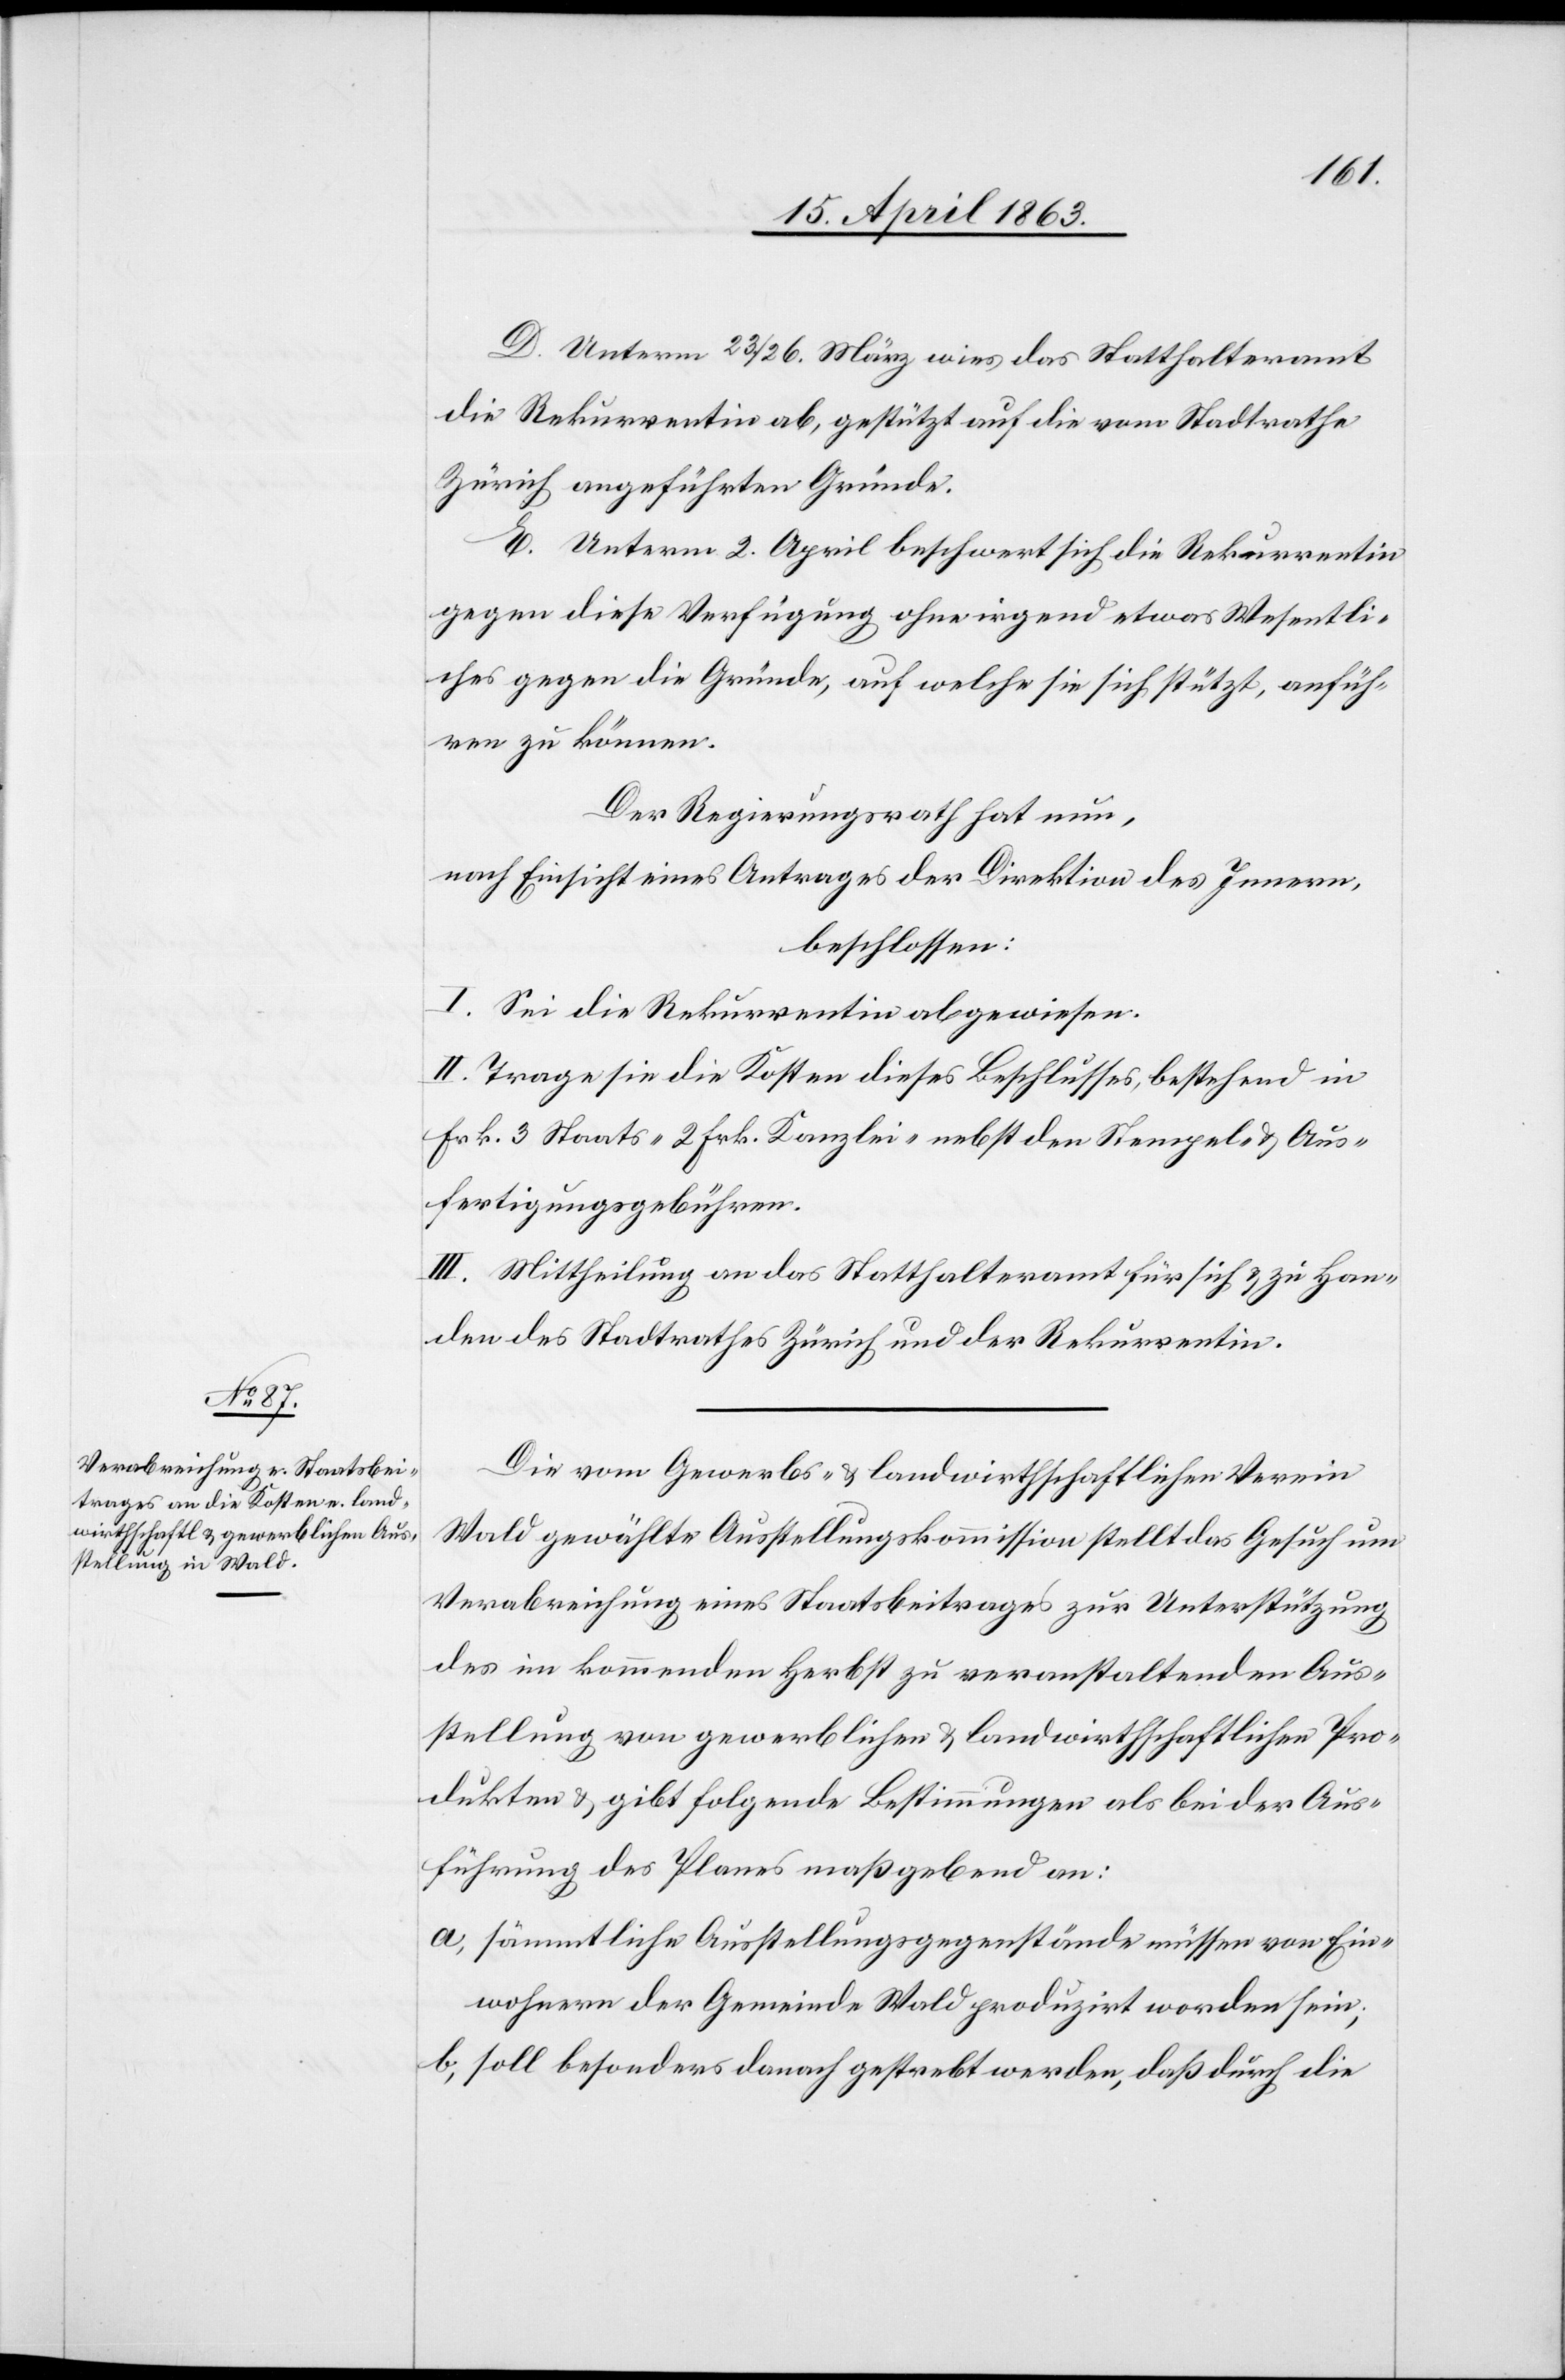
D. Unterm 23./26. März wies das Statthalteramt
die Rekurrentin ab, gestützt auf die vom Stadtrathe
Zürich angeführten Gründe.
E. Unterm 2. April beschwert sich die Rekurrentin
gegen diese Verfügung ohne irgend etwas Wesentli¬
ches gegen die Gründe, auf welche sie sich stützt, anfüh¬
ren zu können.
Der Regierungsrath hat nun,
nach Einsicht eines Antrages der Direktion des Innern,
beschlossen:
I. Sei die Rekurrentin abgewiesen.
II. Trage sie die Kosten dieses Beschlusses, bestehend in
Frk. 3 Staats-[,] 2 Frk. Kanzlei- nebst den Stempel- & Aus¬
fertigungsgebühren.
III. Mittheilung an das Statthalteramt für sich & zu Han¬
den des Stadtrathes Zürich und der Rekurrentin.
Die vom Gewerbs- & landwirthschaftlichen Verein
Wald gewählte Ausstellungskommission stellt das Gesuch um
Verabreichung eines Staatsbeitrages zur Unterstützung
im kommenden Herbst zu veranstaltenden Aus¬
stellung von gewerblichen & landwirthschaftlichen Pro¬
dukten & gibt folgende Bestimmungen als bei der Aus¬
führung des Planes maßgebend an:
a) sämmtliche Ausstellungsgegenstände müssen von Ein¬
wohnern der Gemeinde Wald produzirt worden sein;
b) soll besonders danach gestrebt werden, daß durch die